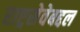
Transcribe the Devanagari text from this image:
राष्ट्रसेवेबद्दल